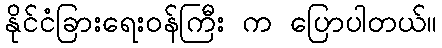
နိုင်ငံခြားရေးဝန်ကြီး က ပြောပါတယ်။